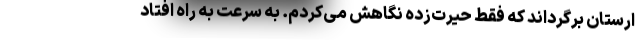
ارستان برگرداند که فقط حیرت‌زده نگاهش می‌کردم. به سرعت به راه افتاد